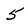
Character: 5